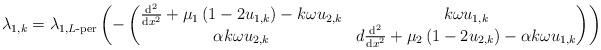
LaTeX: \begin{align*}\lambda_{1,k} =\lambda_{1,\textup{$L$-per}}\left(-\left(\begin{matrix}\frac{\mathrm{d}^{2}}{\mathrm{d}x^{2}}+\mu_{1}\left(1-2u_{1,k}\right)-k\omega u_{2,k} & k\omega u_{1,k}\\\alpha k\omega u_{2,k} & d\frac{\mathrm{d}^{2}}{\mathrm{d}x^{2}}+\mu_{2}\left(1-2u_{2,k}\right) -\alpha k\omega u_{1,k}\end{matrix}\right)\right)\end{align*}